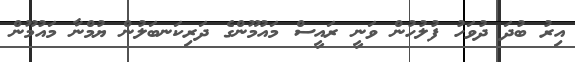
އިރު ބުދަ ދުވަހު ފުލުހުން ވަނީ ރައީސް މައުމޫންގެ ދަރިކަނބަލުން ޔުމްނާ މައުމޫން